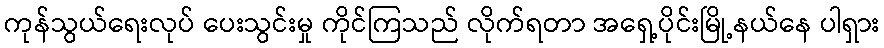
ကုန်သွယ်ရေးလုပ် ပေးသွင်းမှု ကိုင်ကြသည် လိုက်ရတာ အရှေ့ပိုင်းမြို့နယ်နေ ပါရှား